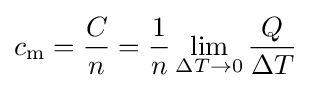
c_{\text{m}}={\frac {C}{n}}={\frac {1}{n}}\lim _{\Delta T\to 0}{\frac {Q}{\Delta T}}